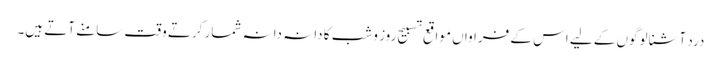
درد آشنا لوگوں کے لیے اس کے فراواں مواقع تسبیح روز و شب کا دانہ دانہ شمار کرتے وقت سامنے آتے ہیں۔